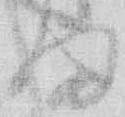
ま